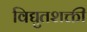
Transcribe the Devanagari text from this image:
विद्युतशक्ती